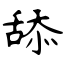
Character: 舔